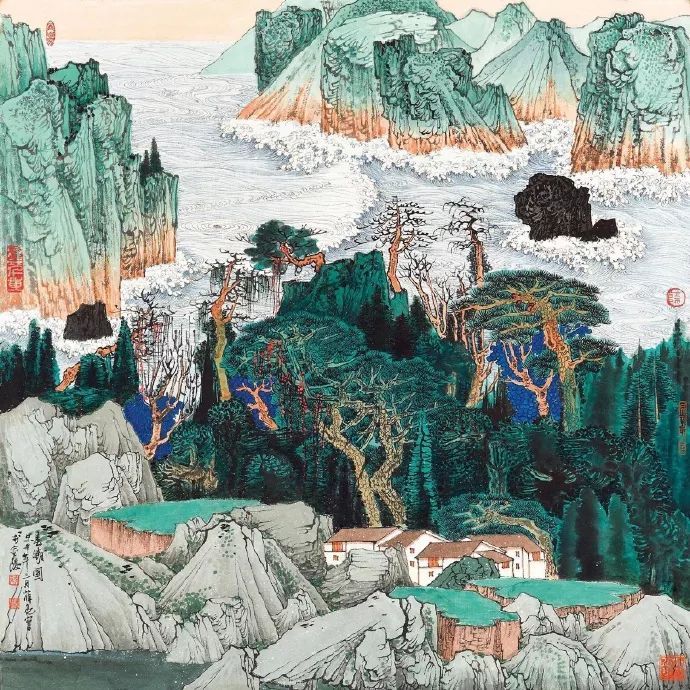
手种堂前垂柳，别来几度春风？